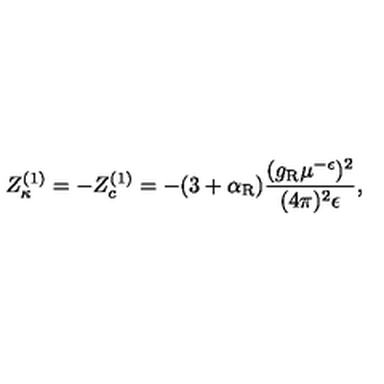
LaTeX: Z _ { \kappa } ^ { ( 1 ) } = - Z _ { c } ^ { ( 1 ) } = - ( 3 + \alpha _ { \mathrm { R } } ) \frac { ( g _ { \mathrm { R } } \mu ^ { - \epsilon } ) ^ { 2 } } { ( 4 \pi ) ^ { 2 } \epsilon } ,